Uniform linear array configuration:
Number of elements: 4
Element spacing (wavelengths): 1
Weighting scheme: hamming
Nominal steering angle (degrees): -30
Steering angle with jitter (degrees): -31.696
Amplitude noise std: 0.05
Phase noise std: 0.05

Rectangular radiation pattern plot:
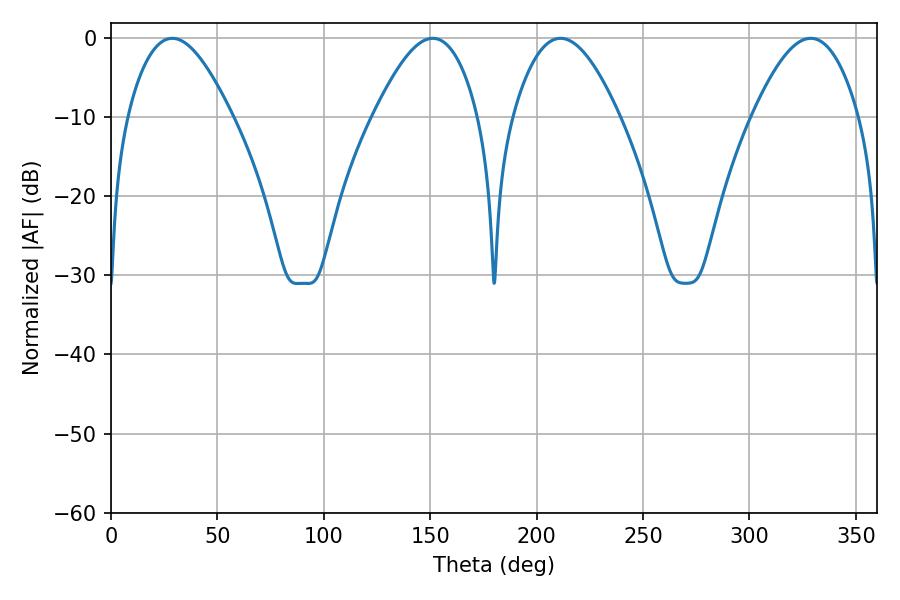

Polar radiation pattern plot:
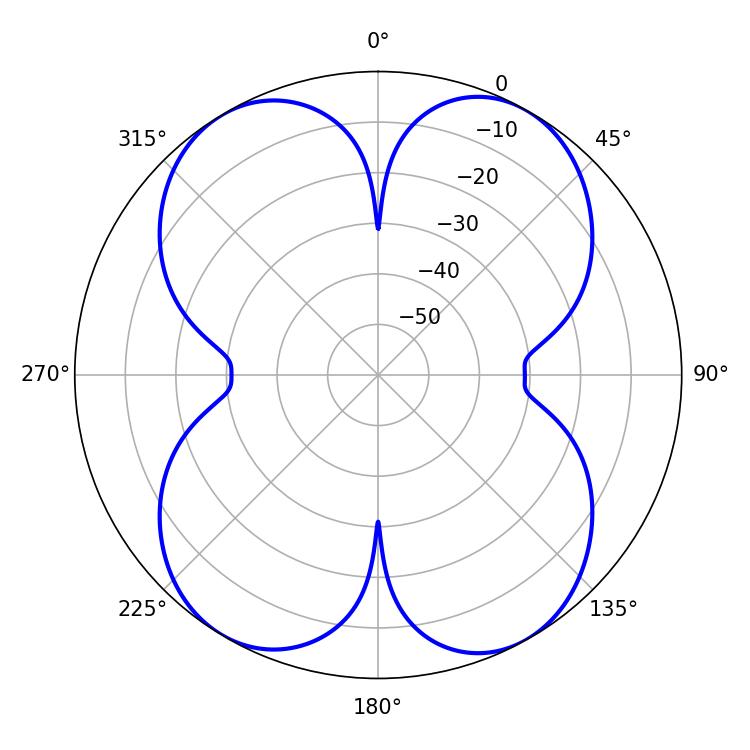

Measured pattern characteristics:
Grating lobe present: TRUE
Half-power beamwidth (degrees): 26.64
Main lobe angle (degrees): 28.8